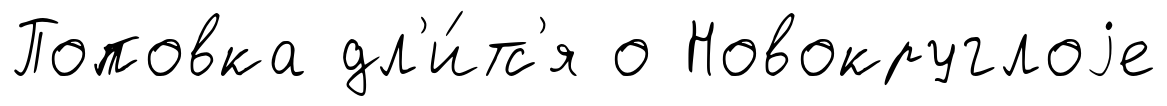
Поповка дл'и́тс'я о Новокруглоjе